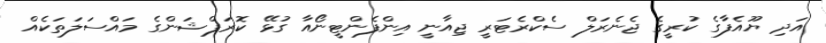
އަދި ޔޫއެފާގެ ކުރީގެ ޖެނެރަލް ސެކްރެޓަރީ ޖިއާނީ އިންފެންޓީނޯއާ ގުޅޭ ކޮރަޕްޝަންގެ މައްސަލަތަކެއް